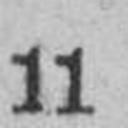
11